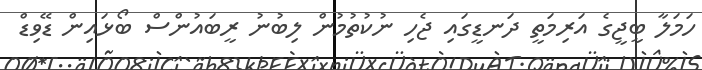
ހަމަލާ ބީޖީގެ އަރިމަތީ ދަނޑީގައި ޖެހި ނުކުތުމުން ލިބުނު ރީބައުންސް ބޯޅައިން ޑޭވިޑް